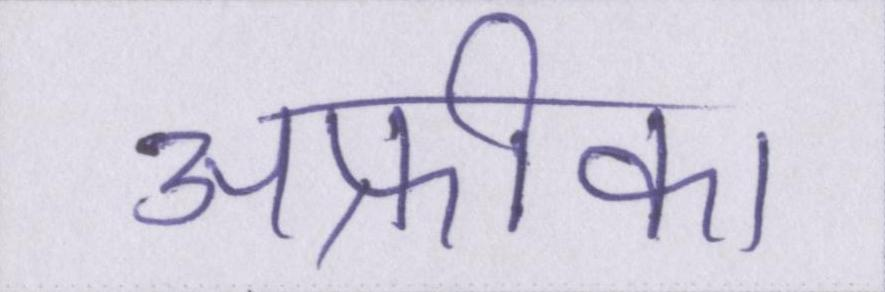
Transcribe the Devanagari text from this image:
अफ्रीका